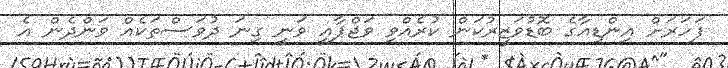
ފަހަރަށް އިންޑިއާގެ ބޮޑުވަޒީރުކަން ކުރެއްވި ވަޖްޕާއީ ވަނީ ގިނަ ދުވަސްތަކެއް ވަންދެން އެ